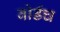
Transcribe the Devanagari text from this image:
बोर्डच